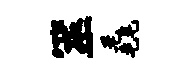
筮毳